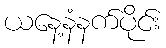
ယနေ့နံနက်ပိုင်း